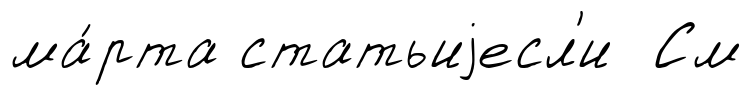
ма́рта статьиjесл'и См